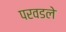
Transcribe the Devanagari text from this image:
परवडले